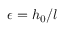
\epsilon = h _ { 0 } / l